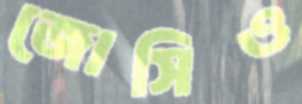
জোসিও